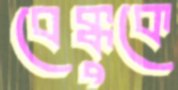
বেক্কুকে